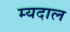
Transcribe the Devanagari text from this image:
म्यदाल